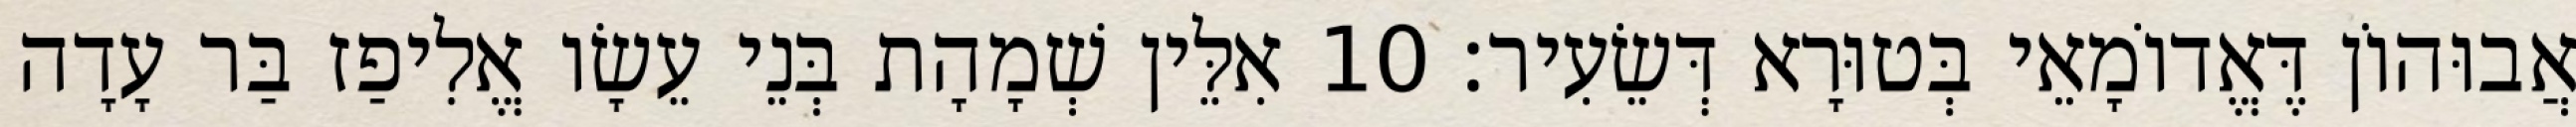
אֲבוּהוֹן דֶּאֱדוֹמָאֵי בְּטוּרָא דְּשֵׂעִיר׃ 10 אִלֵּין שְׁמָהָת בְּנֵי עֵשָׂו אֱלִיפַז בַּר עָדָה